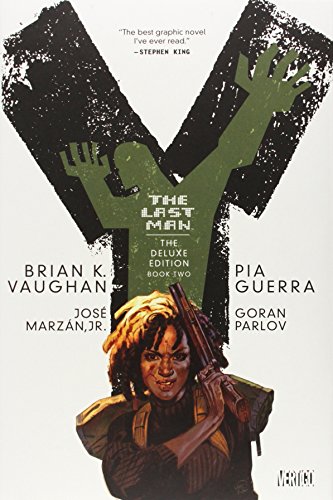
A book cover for Y: The Last Man, Book 2, Deluxe Edition; Brian K. Vaughan; Comics & Graphic Novels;